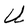
Character: U